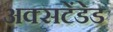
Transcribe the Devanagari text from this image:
अक्सटेंडेड